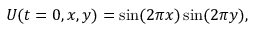
U ( t = 0 , x , y ) = \sin ( 2 \pi x ) \sin ( 2 \pi y ) ,